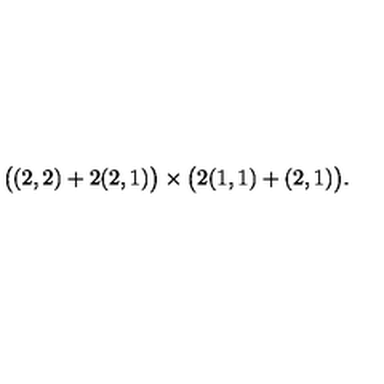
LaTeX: \big ( ( 2 , 2 ) + 2 ( 2 , 1 ) \big ) \times \big ( 2 ( 1 , 1 ) + ( 2 , 1 ) \big ) .